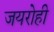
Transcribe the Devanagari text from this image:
जयरोही